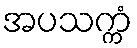
အပသက္ကံ